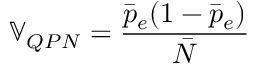
\mathbb { V } _ { Q P N } = \frac { \bar { p } _ { e } ( 1 - \bar { p } _ { e } ) } { \bar { N } }